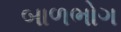
બાળભોગ